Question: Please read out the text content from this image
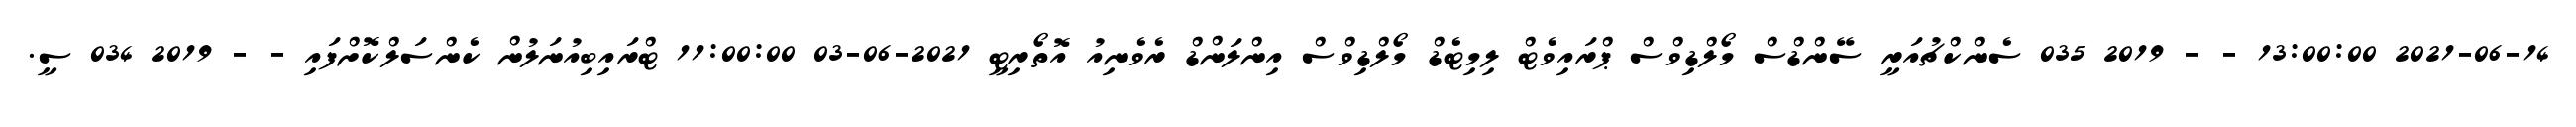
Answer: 2021-06-14 13:00:00 - - 2019 035 ސެންކްޗުއަރީ ސޭންޑްސް މޯލްޑިވްސް ޕްރައިވެޓް ލިމިޓެޑް މޯލްޑިވްސް އިންލަންޑް ރެވެނިއު އޮތޯރިޓީ 2021-06-03 11:00:00 ޓްރައިބިއުނަލުން ކެންސަލްކޮށްފައި - - 2019 034 ސީ.